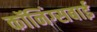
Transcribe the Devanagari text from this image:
कॉनिंग्सबाई